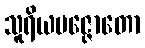
သူရိယပဇ္ဇောတော